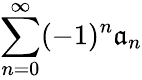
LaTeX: \sum_{n=0}^{\infty}(-1)^{n}\mathfrak{a}_{n}